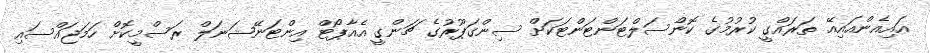
އައިއެންއައިއޭ ތަރައްގީ ކުރުމުގެ ކޮންސަލްޓަންޓަންޓަކަށް ސިންގަޕޫރުގެ ޗަންގީ އެއާޕޯޓް އިންޓަނޭޝަނަލް ރަސްމީކޮށް ހަމަޖައްސައި